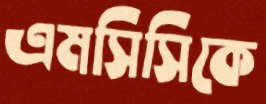
এমসিসিকে